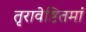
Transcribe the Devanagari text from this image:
तृरावेष्टितमां